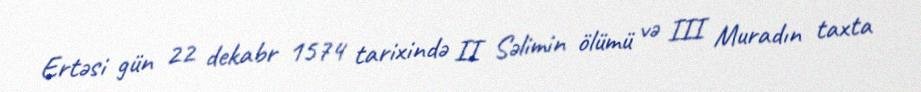
Ertəsi gün 22 dekabr 1574 tarixində II Səlimin ölümü və III Muradın taxta